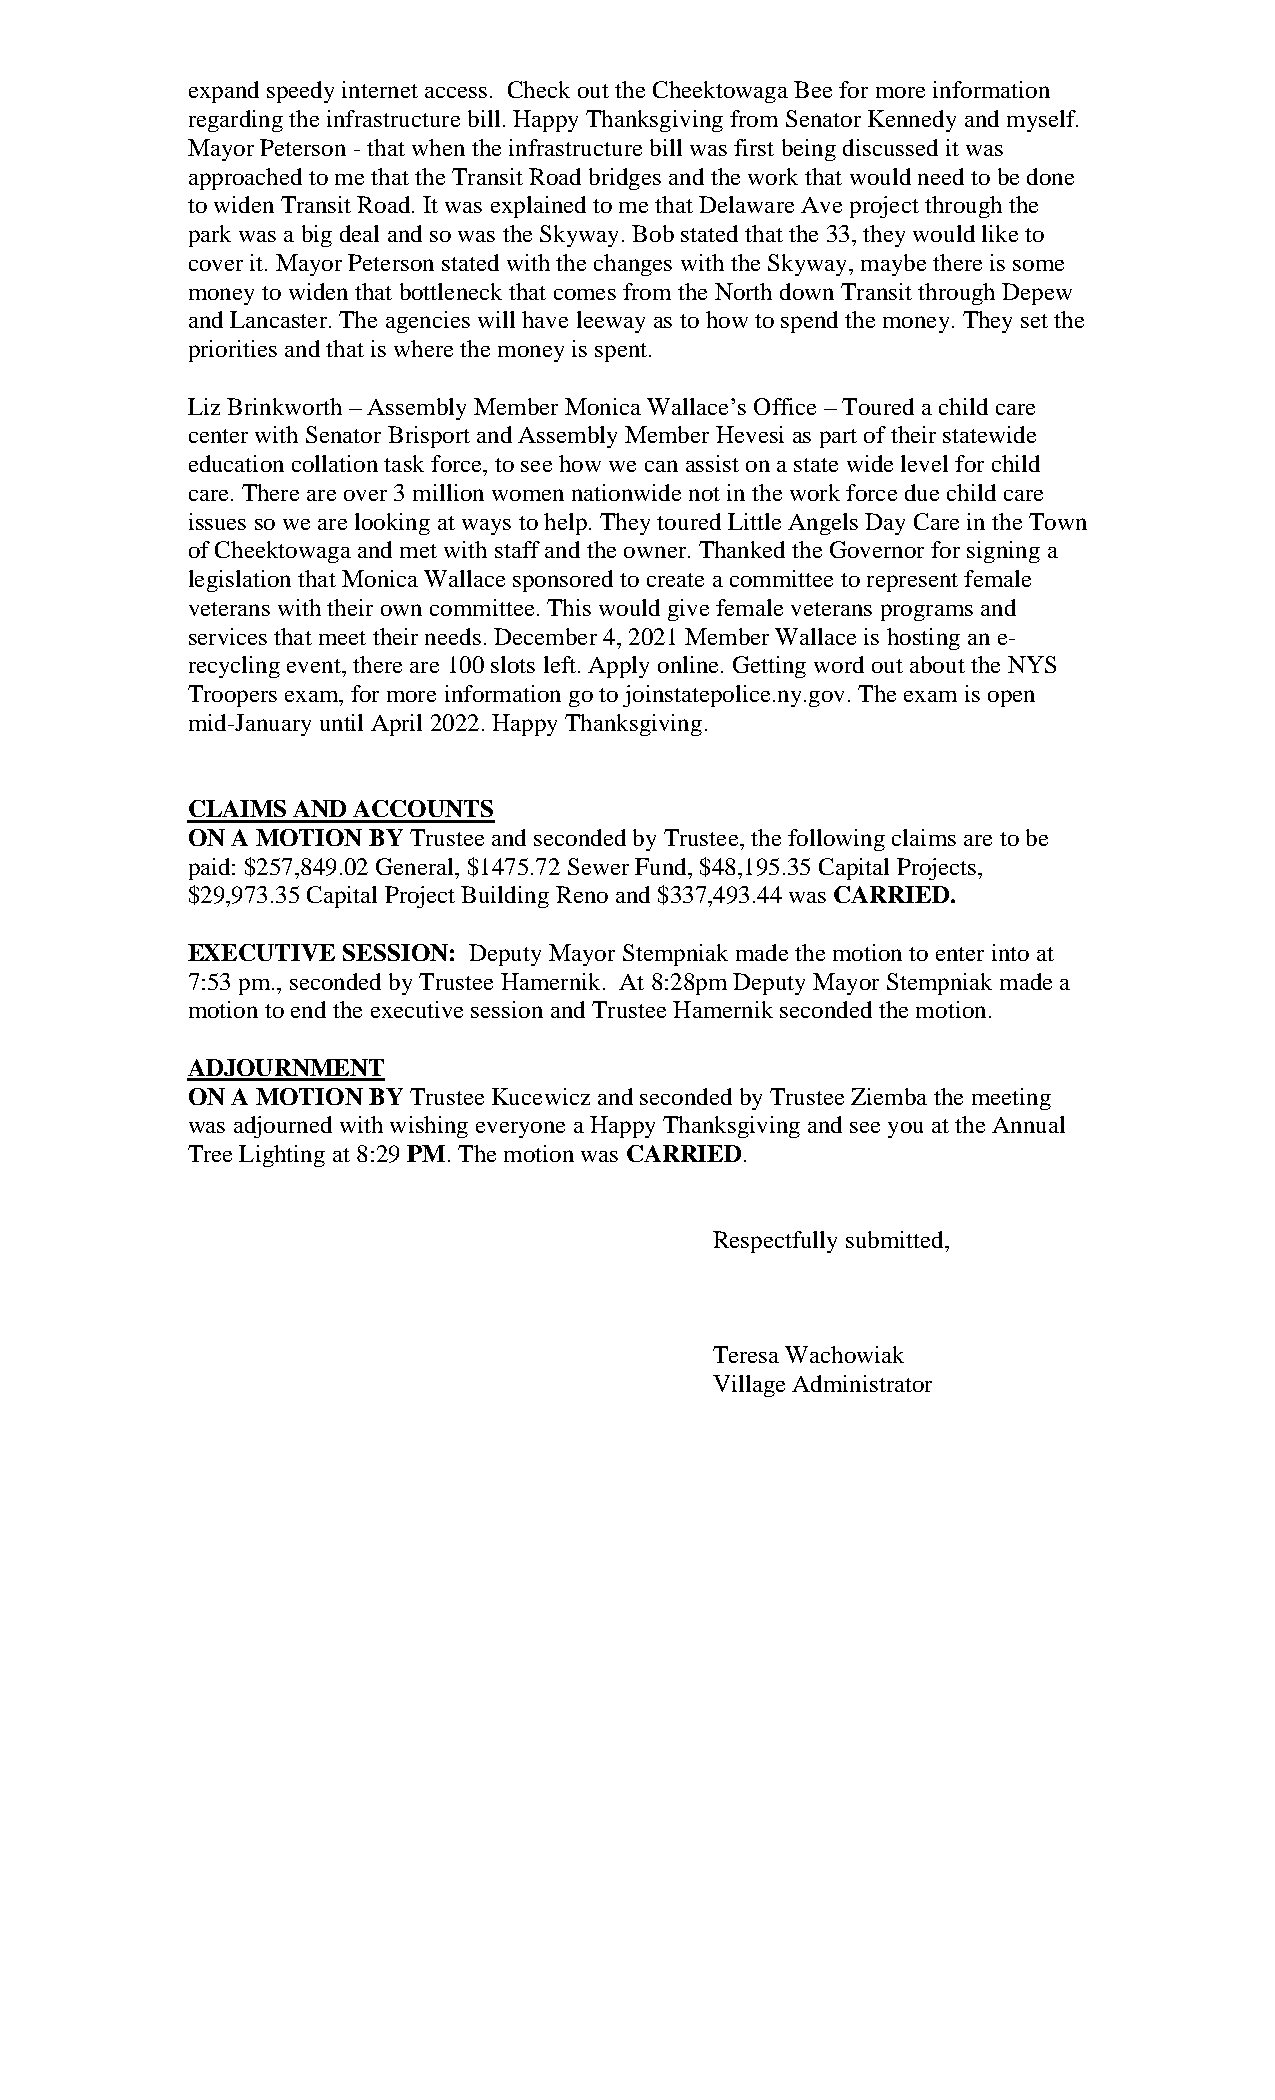
expand speedy internet access. Check out the Cheektowaga Bee for more information
 regarding the infrastructure bill. Happy Thanksgiving from Senator Kennedy and myself.
 Mayor Peterson - that when the infrastructure bill was first being discussed it was
 approached to me that the Transit Road bridges and the work that would need to be done
 to widen Transit Road. It was explained to me that Delaware Ave project through the
 park was a big deal and so was the Skyway. Bob stated that the 33, they would like to
 cover it. Mayor Peterson stated with the changes with the Skyway, maybe there is some
 money to widen that bottleneck that comes from the North down Transit through Depew
 and Lancaster. The agencies will have leeway as to how to spend the money. They set the
 priorities and that is where the money is spent.
 Liz Brinkworth – Assembly Member Monica Wallace’s Office – Toured a child care
 center with Senator Brisport and Assembly Member Hevesi as part of their statewide
 education collation task force, to see how we can assist on a state wide level for child
 care. There are over 3 million women nationwide not in the work force due child care
 issues so we are looking at ways to help. They toured Little Angels Day Care in the Town
 of Cheektowaga and met with staff and the owner. Thanked the Governor for signing a
 legislation that Monica Wallace sponsored to create a committee to represent female
 veterans with their own committee. This would give female veterans programs and
 services that meet their needs. December 4, 2021 Member Wallace is hosting an e-
 recycling event, there are 100 slots left. Apply online. Getting word out about the NYS
 Troopers exam, for more information go to joinstatepolice.ny.gov. The exam is open
 mid-January until April 2022. Happy Thanksgiving.
 CLAIMS AND ACCOUNTS
 ON A MOTION BY Trustee and seconded by Trustee, the following claims are to be
 paid: $257,849.02 General, $1475.72 Sewer Fund, $48,195.35 Capital Projects,
 $29,973.35 Capital Project Building Reno and $337,493.44 was CARRIED.
 EXECUTIVE  SESSION: Deputy Mayor Stempniak made the motion to enter into at
 7:53 pm., seconded by Trustee Hamernik. At 8:28pm Deputy Mayor Stempniak made a
 motion to end the executive session and Trustee Hamernik seconded the motion.
 ADJOURNMENT
 ON A MOTION BY Trustee Kucewicz and seconded by Trustee Ziemba the meeting
 was adjourned with wishing everyone a Happy Thanksgiving and see you at the Annual
 Tree Lighting at 8:29 PM. The motion was CARRIED.
 Respectfully submitted,
 Teresa Wachowiak
 Village Administrator